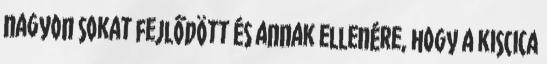
nagyon sokat fejlődött és annak ellenére, hogy a kiscica